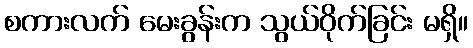
စကားလက် မေးခွန်းက သွယ်ဝိုက်ခြင်း မရှိ။